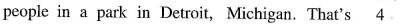
people in a park in Detroit, Michigan. That's \underline{4}